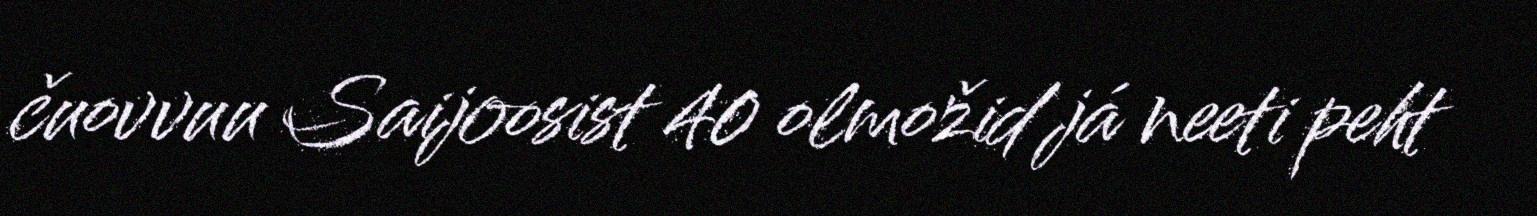
čuovvuu Saijoosist 40 olmožid já neeti peht